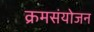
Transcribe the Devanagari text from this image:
क्रमसंयोजन